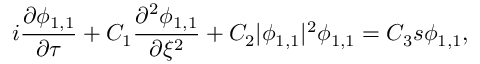
i \frac { \partial \phi _ { 1 , 1 } } { \partial \tau } + C _ { 1 } \frac { \partial ^ { 2 } \phi _ { 1 , 1 } } { \partial \xi ^ { 2 } } + C _ { 2 } | \phi _ { 1 , 1 } | ^ { 2 } \phi _ { 1 , 1 } = C _ { 3 } s \phi _ { 1 , 1 } ,